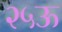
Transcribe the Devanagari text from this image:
२५ऊ